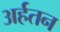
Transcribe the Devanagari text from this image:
अर्हतन